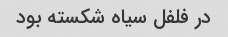
در فلفل سیاه شکسته بود